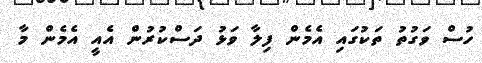
ހުސް ވަގުތު ތަކުގައި އެމެން ފިލާ ވަޅު ދަސްކުރުން އެއީ އެމެން މާ